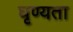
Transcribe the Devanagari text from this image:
घृण्यता